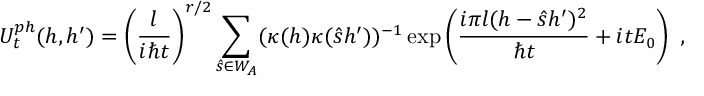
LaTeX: U _ { t } ^ { p h } ( h , h ^ { \prime } ) = \left( \frac { l } { i \hbar t } \right) ^ { r / 2 } \sum _ { \hat { s } \in W _ { A } } ( \kappa ( h ) \kappa ( \hat { s } h ^ { \prime } ) ) ^ { - 1 } \exp \left( \frac { i \pi l ( h - \hat { s } h ^ { \prime } ) ^ { 2 } } { \hbar t } + i t E _ { 0 } \right) \ ,